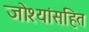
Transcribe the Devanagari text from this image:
जोश्यांसहित